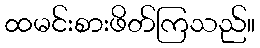
ထမင်းစားဖိတ်ကြသည်။